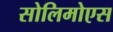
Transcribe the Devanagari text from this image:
सोलिमोएस